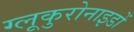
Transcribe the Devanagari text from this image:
ग्लूकुरोनाइडों